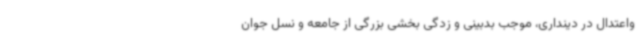
واعتدال در دینداری، موجب بدبینی و زدگی بخشی بزرگی از جامعه و نسل جوان